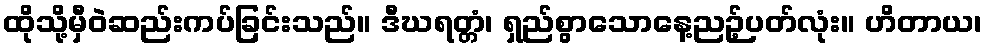
ထိုသို့မှီဝဲဆည်းကပ်ခြင်းသည်။ ဒီဃရတ္တံ၊ ရှည်စွာသောနေ့ညဉ့်ပတ်လုံး။ ဟိတာယ၊